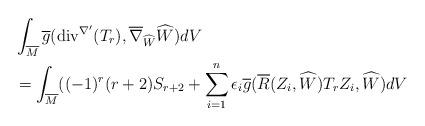
LaTeX: \begin{align*} &\int_{\overline{M}}\overline{g}( \mathrm{div}^{\nabla'}(T_{r}),\overline{\nabla}_{\widehat{W}}\widehat{W})dV\\ &=\int_{\overline{M}}((-1)^{r}(r+2)S_{r+2}+\sum_{i=1}^{n}\epsilon_{i}\overline{g}(\overline{R}(Z_{i},\widehat{W})T_{r}Z_{i},\widehat{W})dV \end{align*}